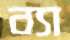
ব্যা